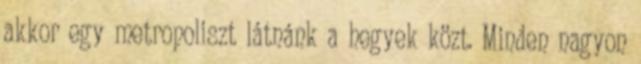
akkor egy metropoliszt látnánk a hegyek közt. Minden nagyon